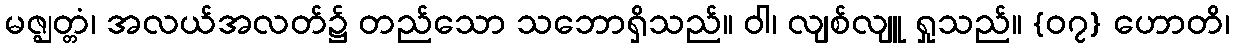
မဇ္ဈတ္တံ၊ အလယ်အလတ်၌ တည်သော သဘောရှိသည်။ ဝါ၊ လျစ်လျူ ရှုသည်။ {၀၇} ဟောတိ၊